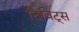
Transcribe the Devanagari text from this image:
टिविट्स